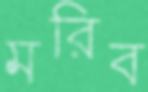
মরিব